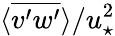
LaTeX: \langle\overline{{v^{\prime}w^{\prime}}}\rangle/u_{\star}^{2}